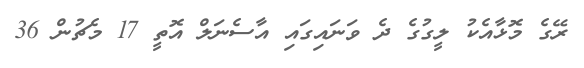
ރޭގެ މޮޅާއެކު ލީގުގެ ދެ ވަނައިގައި އާސެނަލް އޮތީ 17 މެޗުން 36